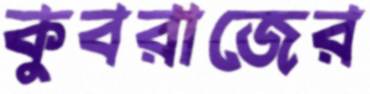
কুবরাজের